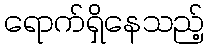
ရောက်ရှိနေသည့်